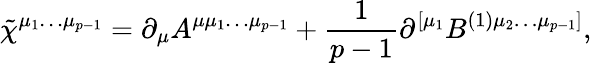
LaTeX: \tilde{\chi}^{\mu_{1}\ldots\mu_{p-1}}=\partial_{\mu}A^{\mu\mu_{1}\ldots\mu_{p-1}}+\frac 1{p-1}\partial^{\left[\mu_{1}\right.}B^{(1)\left.\mu_{2}\ldots\mu_{p-1}\right]},